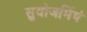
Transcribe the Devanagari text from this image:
सुवोजर्मिषं